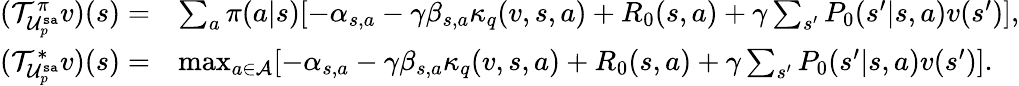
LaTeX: \begin{array}{rl}{(\mathcal{T}_{\mathcal{U}_{p}^{\mathtt{sa}}}^{\pi}v)(s)=}&{\sum_{a}\pi(a|s)[-\alpha_{s,a}-\gamma\beta_{s,a}\kappa_{q}(v,s,a)+R_{0}(s,a)+\gamma\sum_{s^{\prime}}P_{0}(s^{\prime}|s,a)v(s^{\prime})],}\\ {(\mathcal{T}_{\mathcal{U}_{p}^{\mathtt{sa}}}^{*}v)(s)=}&{\operatorname*{max}_{a\in\mathcal{A}}[-\alpha_{s,a}-\gamma\beta_{s,a}\kappa_{q}(v,s,a)+R_{0}(s,a)+\gamma\sum_{s^{\prime}}P_{0}(s^{\prime}|s,a)v(s^{\prime})].}\end{array}